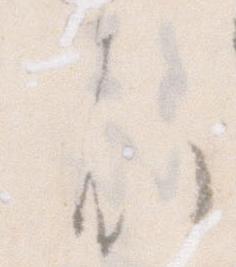
は